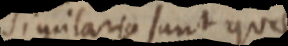
digularia sunt quit